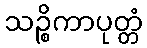
သဉ္စိကာပုတ္တံ